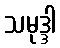
သမုဒ္ဒါ